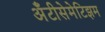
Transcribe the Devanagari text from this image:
अँटीसेमेटिझम